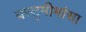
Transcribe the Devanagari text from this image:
वस्तुमीमांसा